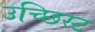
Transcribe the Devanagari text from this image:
उच्छिस्ट